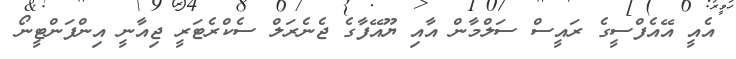
އެއީ އޭއެފްސީގެ ރައީސް ސަލްމާން އާއި ޔޫއޭފާގެ ޖެނެރަލް ސެކްރެޓަރީ ޖިއާނީ އިންފަންޓީނޯ